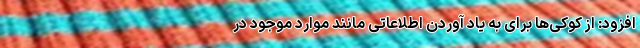
افزود: از کوکی‌ها برای به یاد آوردن اطلاعاتی مانند موارد موجود در